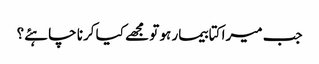
جب میرا کتا بیمار ہو تو مجھے کیا کرنا چاہئے؟